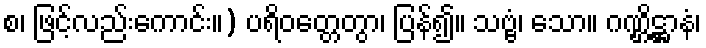
စ၊ ဖြင့်လည်းကောင်း။) ပရိဝတ္တေတွာ၊ ပြန်၍။ သဗ္ဗံ၊ သော။ ဂဏ္ဌိဋ္ဌာနံ၊